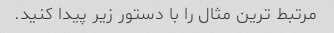
مرتبط ترین مثال را با دستور زیر پیدا کنید.